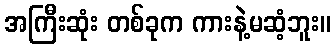
အကြီးဆုံး တစ်ခုက ကားနဲ့မဆံ့ဘူး။